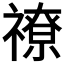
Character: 𥛰